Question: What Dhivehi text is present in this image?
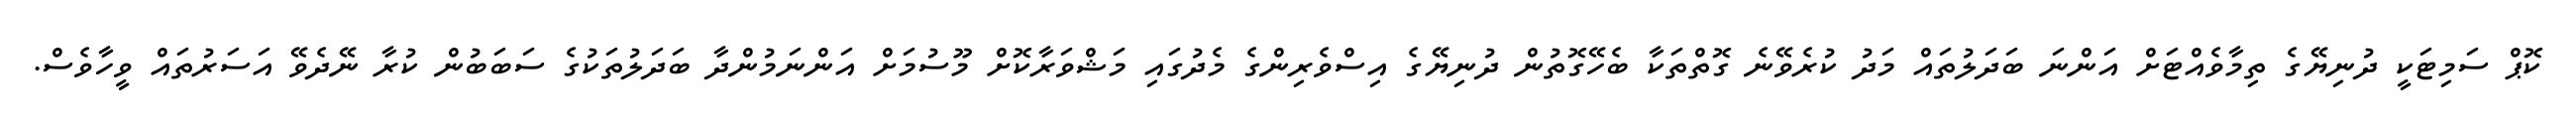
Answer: ކޮޕް ސަމިޓަކީ ދުނިޔޭގެ ތިމާވެއްޓަށް އަންނަ ބަދަލުތައް މަދު ކުރެވޭނެ ގޮތްތަކާ ބެހޭގޮތުން ދުނިޔޭގެ އިސްވެރިންގެ މެދުގައި މަޝްވަރާކޮށް މޫސުމަށް އަންނަމުންދާ ބަދަލުތަކުގެ ސަބަބުން ކުރާ ނޭދެވޭ އަސަރުތައް ވީހާވެސް.